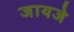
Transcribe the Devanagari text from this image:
जायजे